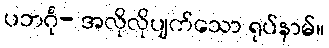
ပဘင်္ဂု- အလိုလိုပျက်သော ရုပ်နာမ်။